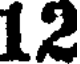
12